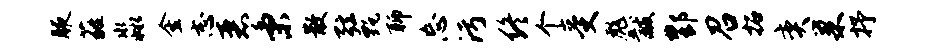
腋蕤淼金志恶秉散弦甄聊忘污终个受彪黻酆召拓奕巢抒